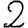
Digit: 2